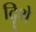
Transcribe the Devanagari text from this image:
दिॄथे